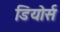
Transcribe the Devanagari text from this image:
डियोर्स